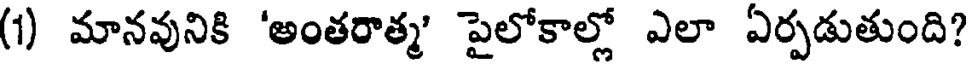
(1) మానవునికి 'అంతరాత్మ' పైలోకాల్లో ఎలా ఏర్పడుతుంది?